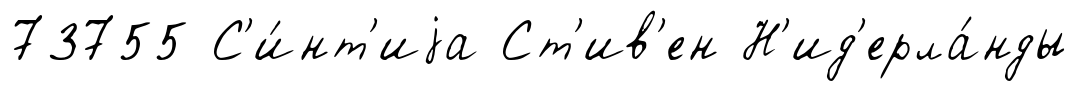
73755 С'и́нт'иjа Ст'ив'ен Н'ид'ерла́нды